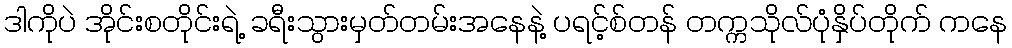
ဒါကိုပဲ အိုင်းစတိုင်းရဲ့ ခရီးသွားမှတ်တမ်းအနေနဲ့ ပရင့်စ်တန် တက္ကသိုလ်ပုံနှိပ်တိုက် ကနေ